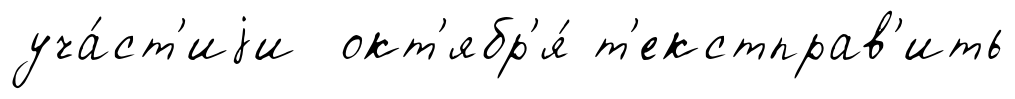
уча́ст'иjи окт'ябр'я́ т'екстправ'ить